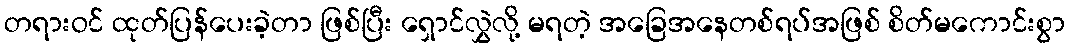
တရားဝင် ထုတ်ပြန်ပေးခဲ့တာ ဖြစ်ပြီး ရှောင်လွှဲလို့ မရတဲ့ အခြေအနေတစ်ရပ်အဖြစ် စိတ်မကောင်းစွာ